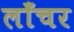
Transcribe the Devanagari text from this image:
लाँचर